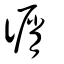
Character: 㣯